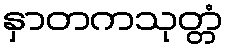
နှာတကသုတ္တံ